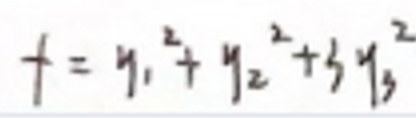
$f = y _ { 1 } ^ { 2 } + y _ { 2 } ^ { 2 } + 5 y _ { 3 } ^ { 2 }$